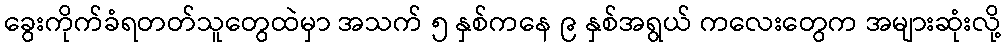
ခွေးကိုက်ခံရတတ်သူတွေထဲမှာ အသက် ၅ နှစ်ကနေ ၉ နှစ်အရွယ် ကလေးတွေက အများဆုံးလို့